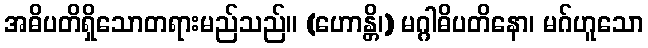
အဓိပတိရှိသောတရားမည်သည်။ (ဟောန္တိ၊) မဂ္ဂါဓိပတိနော၊ မဂ်ဟူသော